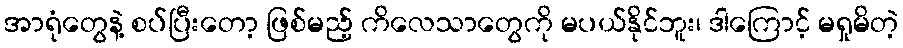
အာရုံတွေနဲ့ စပ်ပြီးတော့ ဖြစ်မည့် ကိလေသာတွေကို မပယ်နိုင်ဘူး၊ ဒါကြောင့် မရှုမိတဲ့